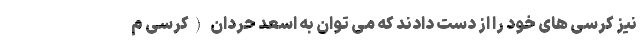
نیز کرسی های خود را از دست دادند که می توان به اسعد حردان (کرسی م